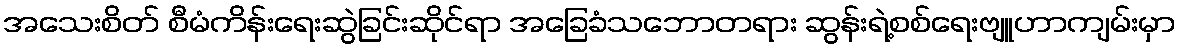
အသေးစိတ် စီမံကိန်းရေးဆွဲခြင်းဆိုင်ရာ အခြေခံသဘောတရား ဆွန်းရဲ့စစ်ရေးဗျူဟာကျမ်းမှာ